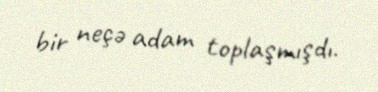
bir neçə adam toplaşmışdı.